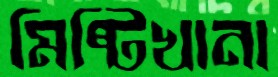
মিষ্টিখানা